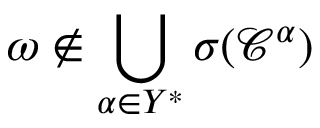
\omega \not \in \bigcup _ { \alpha \in Y ^ { * } } \sigma ( \mathcal { C } ^ { \alpha } )